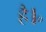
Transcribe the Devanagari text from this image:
है।॰